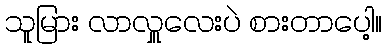
သူမြား လာလှူလေးပဲ စားတာပေါ့။